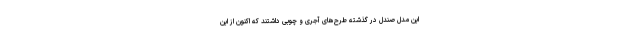
این مدل صندل در گذشته طرح‌های آجری و چوبی داشتند که اکنون از این